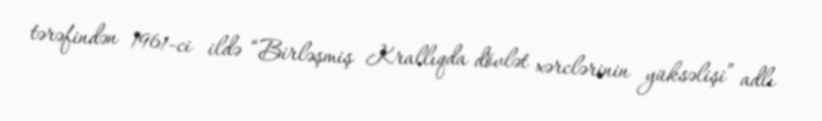
tərəfindən 1961-ci ildə “Birləşmiş Krallıqda dövlət xərclərinin yüksəlişi” adlı